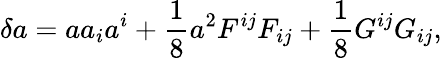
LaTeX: \delta a=aa_{i}a^{i}+\frac{1}{8}a^{2}F^{ij}F_{ij}+\frac{1}{8}G^{ij}G_{ij},